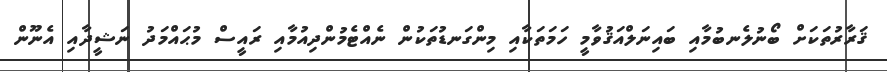
ޤަރާރުތަކަށް ބޯނުލެނބުމާއި ބައިނަލްއަޤުވާމީ ހަމަތަކާއި މިންގަނޑުތަކުން ނެއްޓެމުންދިއުމާއި ރައީސް މުޙައްމަދު ނަޝީދާއި އެނޫން